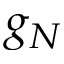
g _ { N }